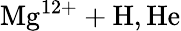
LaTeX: \mathrm{Mg^{12+}+H,He}